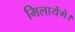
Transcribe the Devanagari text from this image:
मिलायेंगे।